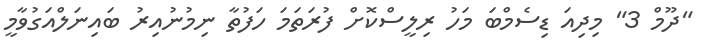
"ދޫމް 3" މިދިއަ ޑިސެމްބަ މަހު ރިލީސްކޮށް ފުރަތަމަ ހަފުތާ ނިމުނުއިރު ބައިނަލްއަގުވާމީ